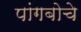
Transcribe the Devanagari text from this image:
पांगबोचे